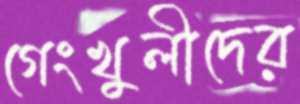
গেংখুলীদের